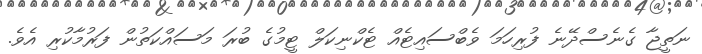
ނަތީޖާ ގެނެސްދޭނެ ފުރިހަމަ ވެބްސައިޓެއް ޓެކްނިކަލް ޓީމުގެ ބުރަ މަސައްކަތުން ފަރުމާކުރި އެވެ.